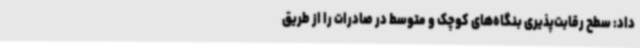
داد: سطح رقابت‌پذیری بنگاه‌های کوچک و متوسط در صادرات را از طریق